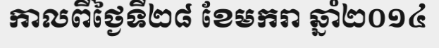
កាលពីថ្ងៃទី២៨ ខែមករា ឆ្នាំ២០១៤